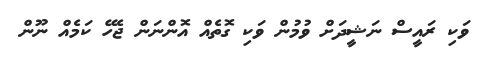
ވަކި ރައީސް ނަޝީދަށް ވުމުން ވަކި ގޮތެއް އޮންނަން ޖެހޭ ކަމެއް ނޫން